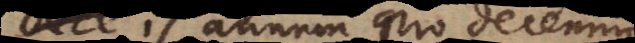
, is annum pro decenni